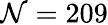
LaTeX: \mathcal{N}=209